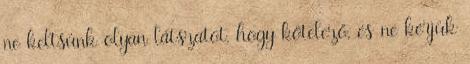
ne keltsünk olyan látszatot, hogy kötelező, és ne kérjük